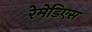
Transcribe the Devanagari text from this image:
रेमेडिएस